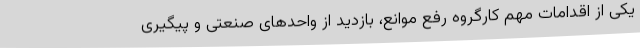
یکی از اقدامات مهم کارگروه رفع موانع، بازدید از واحدهای صنعتی و پیگیری